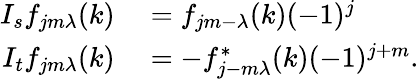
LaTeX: \begin{array}{rl}{I_{s}f_{jm\lambda}(k)}&{{}=f_{jm-\lambda}(k)(-1)^{j}}\\ {I_{t}f_{jm\lambda}(k)}&{{}=-f_{j-m\lambda}^{*}(k)(-1)^{j+m}.}\end{array}